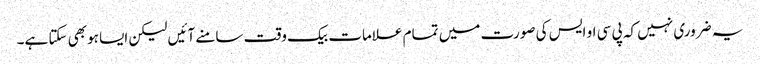
یہ ضروری نہیں کہ پی سی او ایس کی صورت میں تمام علامات بیک وقت سامنے آئیں لیکن ایسا ہوبھی سکتا ہے۔